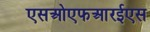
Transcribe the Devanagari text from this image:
एसओएफआरईएस